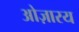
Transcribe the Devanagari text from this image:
ओज़ारय